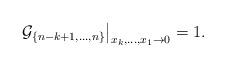
LaTeX: \begin{align*}\left.\mathcal{G}_{\{n-k+1,\dots,n\}}\right|_{x_k,\dots,x_1 \rightarrow 0}=1.\end{align*}